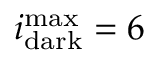
i _ { \mathrm { d a r k } } ^ { \operatorname* { m a x } } = 6